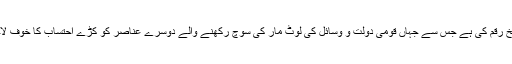
اس حوالے سے وزیراعظم عمران خان نے بے لاگ احتساب کی بلاشبہ ایک نئی تاریخ رقم کی ہے جس سے جہاں قومی دولت و وسائل کی لوٹ مار کی سوچ رکھنے والے دوسرے عناصر کو کڑے احتساب کا خوف لاحق ہوگا وہیں کرپشن فری سوسائٹی کی تشکیل کا خواب بھی شرمندۂ تعبیر ہو جائیگا۔